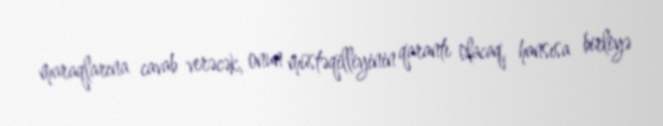
maraqlarına cavab verəcək, onun müstəqilliyinin qarantı olacaq, hansısa birliyə